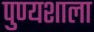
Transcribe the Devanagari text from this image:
पुण्यशाला